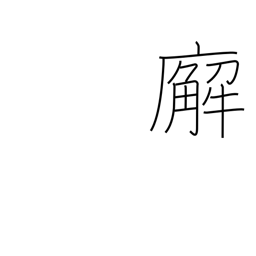
Meaning: government office